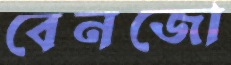
বেনজো